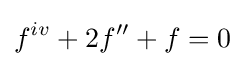
f^{iv}+2f''+f=0